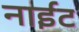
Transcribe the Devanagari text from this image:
नाईट